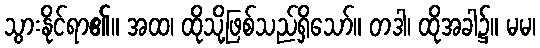
သွားနိုင်ရာ၏။ အထ၊ ထိုသို့ဖြစ်သည်ရှိသော်။ တဒါ၊ ထိုအခါ၌။ မမ၊